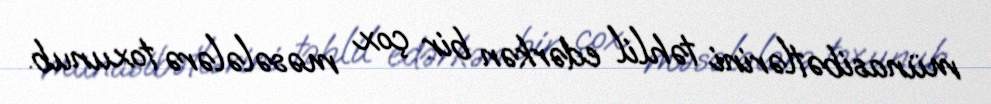
münasibətlərini təhlil edərkən bir çox məsələlərə toxunub.